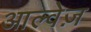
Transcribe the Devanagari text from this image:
आल्वेज़